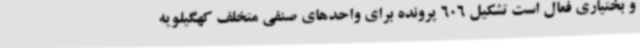
و بختیاری فعال است تشکیل 606 پرونده برای واحدهای صنفی متخلف کهگیلویه